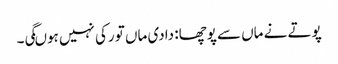
پوتے نے ماں سے پوچھا: دادی ماں تو رکی نہیں ہوںگی۔